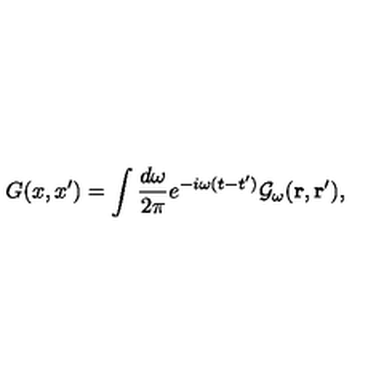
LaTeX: G ( x , x ^ { \prime } ) = \int { \frac { d \omega } { 2 \pi } } e ^ { - i \omega ( t - t ^ { \prime } ) } { \cal G } _ { \omega } ( { \bf r , r ^ { \prime } } ) ,